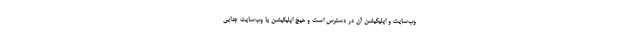
وب‌سایت و اپلیکیشن آن در دسترس است و هیچ اپلیکیشن یا وب‌سایت جدایی